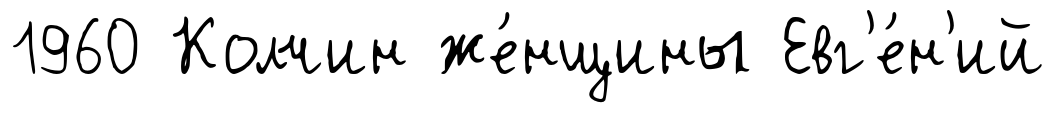
1960 Колчин же́нщины Евг'е́н'ий